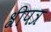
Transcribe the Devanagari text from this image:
श्रीपत्र